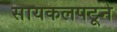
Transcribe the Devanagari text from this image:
सायकलपटूने